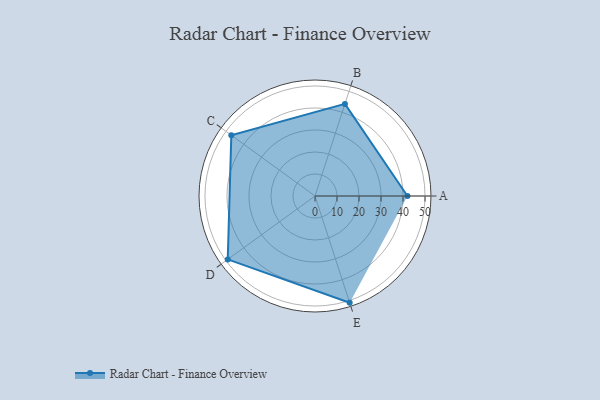
{"axis": {"x": "Skill", "y": "Score"}, "legend": ["Profile"], "data": [{"x": "A", "y": 42.0, "type": "Profile"}, {"x": "B", "y": 44.0, "type": "Profile"}, {"x": "C", "y": 47.0, "type": "Profile"}, {"x": "D", "y": 49.0, "type": "Profile"}, {"x": "E", "y": 51.0, "type": "Profile"}]}